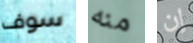
سوف منه إن